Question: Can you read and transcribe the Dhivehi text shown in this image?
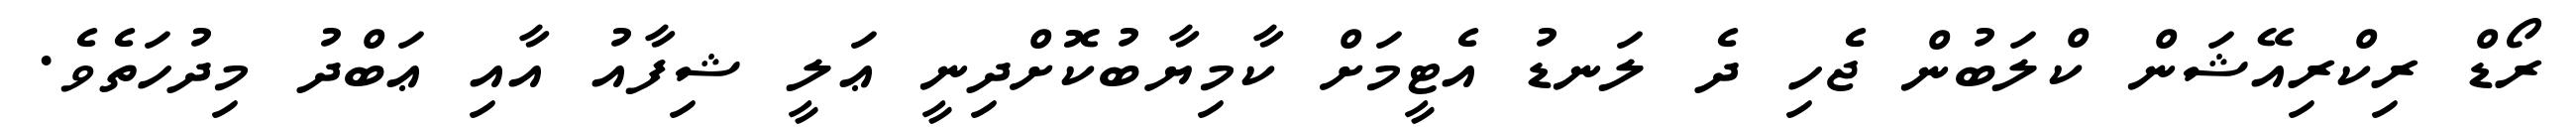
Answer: ރޯޑް ރިކްރިއޭޝަން ކްލަބުން ޖެހި ދެ ލަނޑު އެޓީމަށް ކާމިޔާބުކޮށްދިނީ ޢަލީ ޝިފާއު އާއި ޢަބްދު މިދުހަތެވެ.